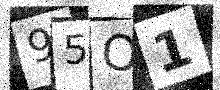
Text: 95O1